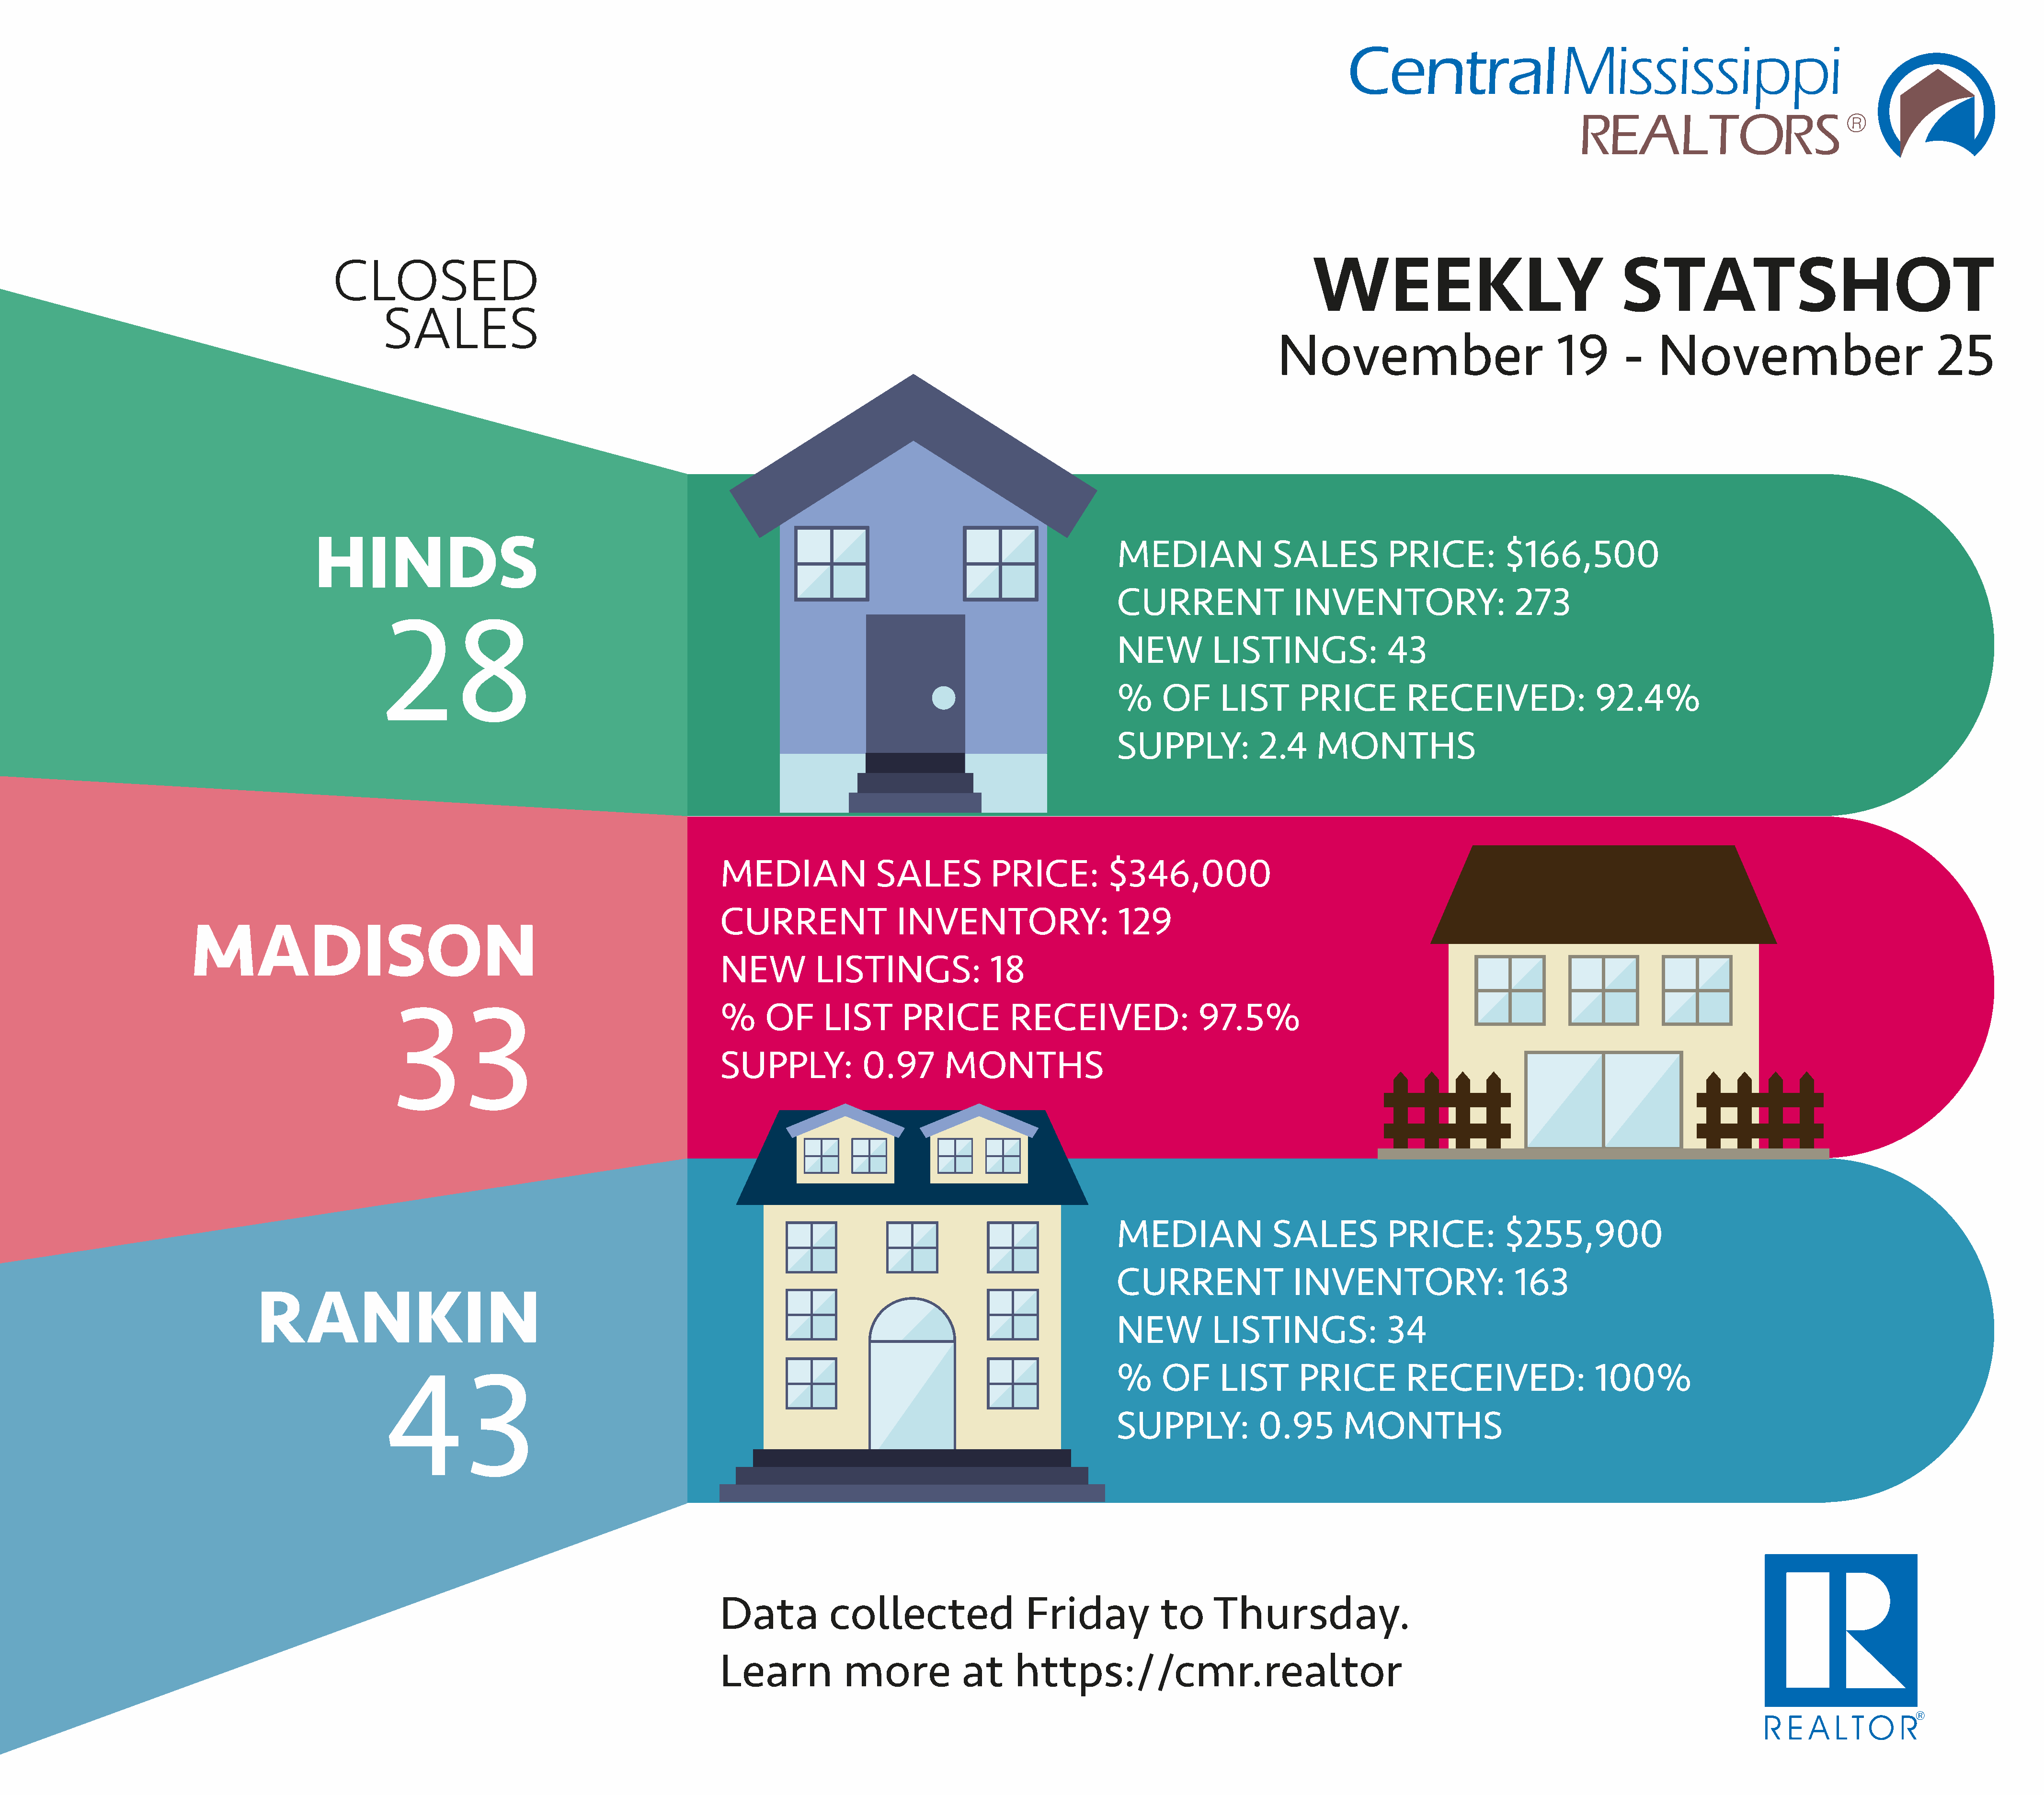
CLOSED                                                                                                                                 WEEKLY                                     STATSHOT
 SALES
 November                              19       -    November                               25
 HINDS                                                                                                          MEDIAN                SALES           PRICE:          $166,500
 CURRENT                  INVENTORY:                    273
 28
 NEW          LISTINGS:                43
 %      OF      LIST      PRICE          RECEIVED:                 92.4%
 SUPPLY:             2.4     MONTHS
 MEDIAN               SALES           PRICE:          $346,000
 CURRENT                 INVENTORY:                     129
 MADISON
 NEW          LISTINGS:               18
 %     OF      LIST       PRICE         RECEIVED:                  97.5%
 33
 SUPPLY:            0.97       MONTHS
 MEDIAN                SALES           PRICE:          $255,900
 CURRENT                  INVENTORY:                    163
 RANKIN
 NEW          LISTINGS:                34
 %      OF      LIST      PRICE          RECEIVED:                 100%
 43
 SUPPLY:             0.95        MONTHS
 Data            collected                  Friday            to      Thursday.
 Learn             more            at     https://cmr.realtor